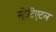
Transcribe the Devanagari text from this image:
स्ट्रेटिएटल